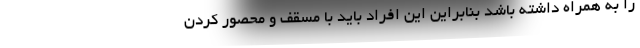
را به همراه داشته باشد بنابراین این افراد باید با مسقف و محصور کردن